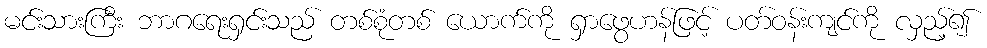
မင်းသားကြီး ဘာဂရေးရှင်းသည် တစ်စုံတစ် ယောက်ကို ရှာဖွေဟန်ဖြင့် ပတ်ဝန်းကျင်ကို လှည့်၍